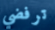
ترفضي